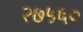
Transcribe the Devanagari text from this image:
२७५६०